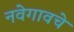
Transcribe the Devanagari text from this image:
नवेगावचे